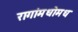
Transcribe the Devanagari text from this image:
रागांमधोमध